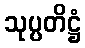
သုပ္ပတိဋ္ဌံ